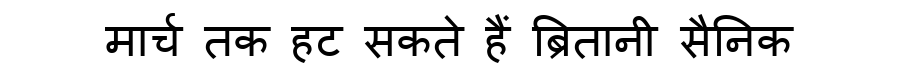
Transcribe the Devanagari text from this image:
मार्च तक हट सकते हैं ब्रितानी सैनिक